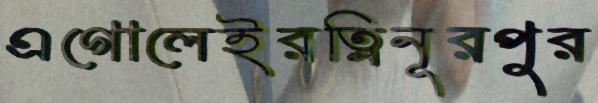
এগোলেইরত্নিনূরপুর